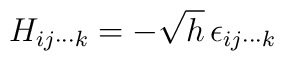
H_{ij\cdots k}=-\sqrt{h}\, \epsilon_{ij\cdots k}